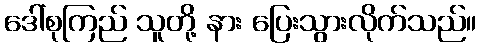
ဒေါ်စုကြည် သူတို့ နား ပြေးသွားလိုက်သည်။